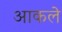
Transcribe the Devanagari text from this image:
आकले